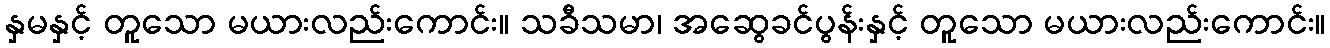
နှမနှင့် တူသော မယားလည်းကောင်း။ သခီသမာ၊ အဆွေခင်ပွန်းနှင့် တူသော မယားလည်းကောင်း။